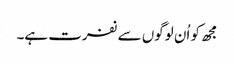
مجھ کو اُن لوگوں سے نفرت ہے۔